Indian journal of veterinary science and animal husbandry - Volumes 26-27, 1956-1957
Year: 1956
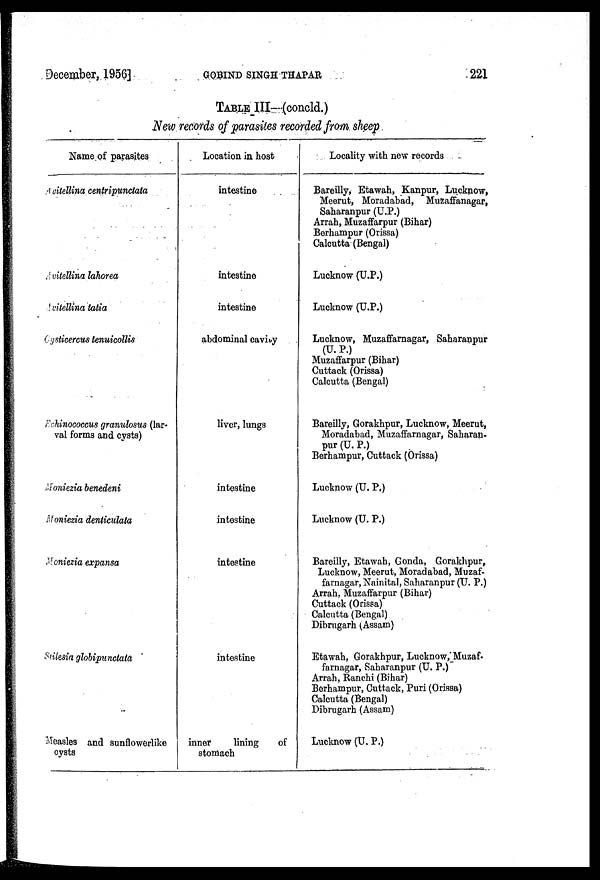
December, 1956]
GOBIND
SINGH
THAPAR
221
TABLE III (concld.)
New records of parasites recorded from sheep
Name of parasites
Avitellina centripunctata
Avitellina lahorea
Avitellina tatia
Cysticercus tenuicollis
Echinococcus granulosus (lar-
val forms and cysts)
Moniezia benedeni
Moniezia denticulata
Moniezia expansa
Stilesia globipunctata
Measles and sunflowerlike
cysts
Location in host
intestine
intestine
intestine
abdominal cavity
liver, lungs
intestine
intestine
intestine
intestine
inner
lining
of
stomach
Locality with new records
Bareilly, Etawah, Kanpur, Lucknow,
Meerut, Moradabad, Muzaffanagar,
Saharanpur (U.P.)
Arrah, Muzaffarpur (Bihar)
Berhampur (Orissa)
Calcutta (Bengal)
Lucknow (U.P.)
Lucknow (U.P.)
Lucknow, Muzaffarnagar, Saharanpur
(U. P.)
Muzaffarpur (Bihar)
Cuttack (Orissa)
Calcutta (Bengal)
Bareilly, Gorakhpur, Lucknow, Meerut,
Moradabad, Muzaffarnagar, Saharan-
pur (U. P.)
Berhampur, Cuttack (Orissa)
Lucknow (U. P.)
Lucknow (U. P.)
Bareilly, Etawah, Gonda, Gorakhpur,
Lucknow, Meerut, Moradabad, Muzaf-
farnagar, Nainital, Saharanpur (U. P.)
Arrah, Muzaffarpur (Bihar)
Cuttack (Orissa)
Calcutta (Bengal)
Dibrugarh (Assam)
Etawah, Gorakhpur, Lucknow, Muzaf-
farnagar, Saharanpur (U. P.)
Arrah, Ranchi (Bihar)
Berhampur, Cuttack, Puri (Orissa)
Calcutta (Bengal)
Dibrugarh (Assam)
Lucknow (U. P.)